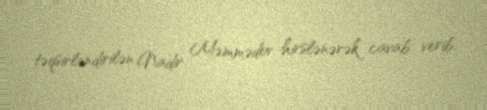
təqsirləndirilən Nadir Məmmədov hirslənərək cavab verib.